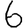
Digit: 6